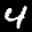
Digit: 4